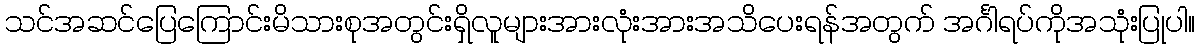
သင်အဆင်ပြေကြောင်းမိသားစုအတွင်းရှိလူများအားလုံးအားအသိပေးရန်အတွက် အင်္ဂါရပ်ကိုအသုံးပြုပါ။